Indian journal of veterinary science and animal husbandry - Volumes 15-17, 1948-1951
Year: 1948
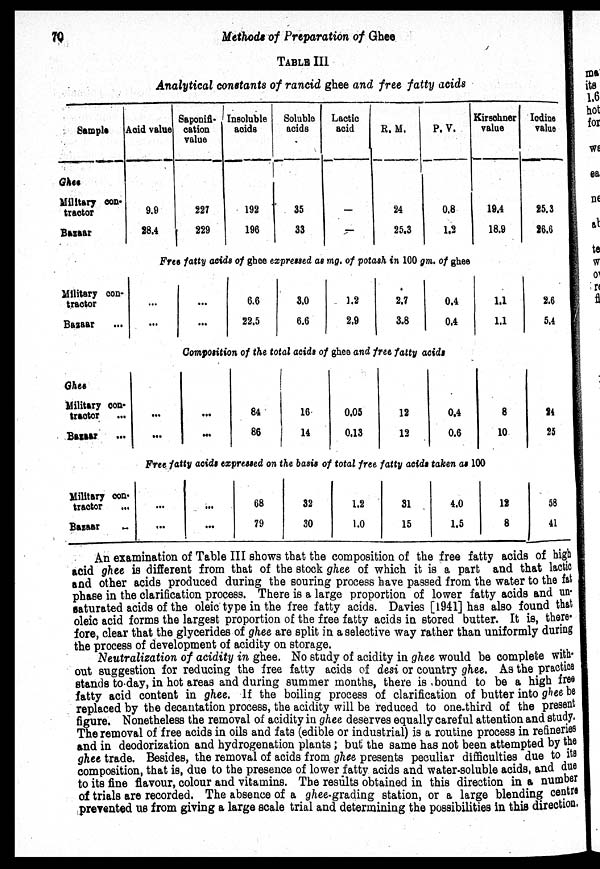
70
Methods
of Preparation of Ghee
TABLE III
Analytical constants of rancid ghee and free fatty acids
Sample
Ghee
Military con-
tractor
Bazaar
Military con-
tractor
Bazaar
Ghee
Military con-
tractor ...
Bazaar ...
Military con-
tractor
Bazaar
Acid value
9.9
28.4
Saponifi-
cation
value
227
229
Insoluble
acids
192
196
Soluble
acids
35
33
Lactic
acid
—
—
R. M.
24
25.3
P.V.
0.8
1.2
Free fatty acids of ghee expressed as mg. of potash in 100 gm. of ghee
...
...
...
...
...
...
6.6
22.5
3.0
6.6
1.2
2.9
2.7
3.8
0.4
0.4
Composition of the total acids of ghee and free fatty acids
...
...
84
86
16
14
0.05
0.13
12
12
0.4
0.6
Kirsohner
value
19.4
18.9
1.1
1.1
8
10
Free fatty acids expressed on the basis of total free fatty acids taken as 100
...
...
...
...
68
79
32
30
1.2
1.0
31
15
4.0
1.5
12
8
Iodine
value
25.3
26.6
2.6
5.4
24
25
58
41
An examination of Table III shows that the composition of the free fatty acids of high
acid ghee is different from that of the stock ghee of which it is a part and that lactic
and other acids produced during the souring process have passed from the water to the fat
phase in the clarification process. There is a large proportion of lower fatty acids and un-
saturated acids of the oleic type in the free fatty acids. Davies [1941] has also found that
oleic acid forms the largest proportion of the free fatty acids in stored butter. It is, there-
fore, clear that the glycerides of ghee are split in a selective way rather than uniformly during
the process of development of acidity on storage.
Neutralization of acidity in ghee. No study of acidity in ghee would be complete with-
out suggestion for reducing the free fatty acids of desi or country ghee. As the practice
stands to day, in hot areas and during summer months, there is bound to be a high free
fatty acid content in ghee. If the boiling process of clarification of butter into ghee be
replaced by the decantation process, the acidity will be reduced to one-third of the present
figure. Nonetheless the removal of acidity in ghee deserves equally careful attention and study.
The removal of free acids in oils and fats (edible or industrial) is a routine process in refineries
and in deodorization and hydrogenation plants; but the same has not been attempted by the
ghee trade. Besides, the removal of acids from ghee presents peculiar difficulties due to its
composition, that is, due to the presence of lower fatty acids and water-soluble acids, and due
to its fine flavour, colour and vitamins. The results obtained in this direction in a number
of trials are recorded. The absence of a ghee-grading station, or a large blending centre
prevented us from giving a large scale trial and determining the possibilities in this direction.